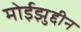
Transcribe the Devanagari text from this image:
मोईझुद्दीन